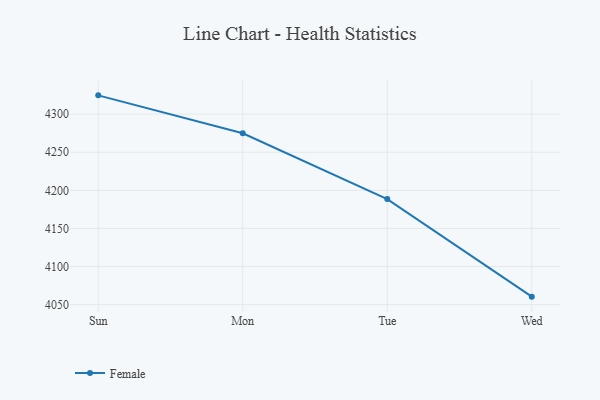
{"axis": {"x": "Day", "y": "Latency (ms)"}, "legend": ["Female"], "data": [{"x": "Sun", "y": 4324.7, "type": "Female"}, {"x": "Mon", "y": 4274.9, "type": "Female"}, {"x": "Tue", "y": 4188.6, "type": "Female"}, {"x": "Wed", "y": 4060.5, "type": "Female"}]}